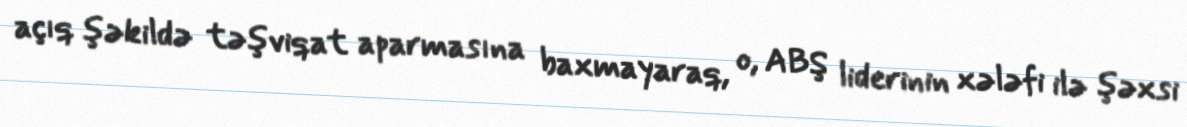
açıq şəkildə təşviqat aparmasına baxmayaraq, o, ABŞ liderinin xələfi ilə şəxsi